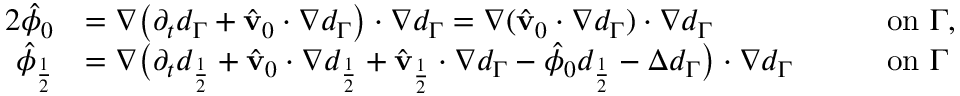
\begin{array} { r l r l } { { 2 } \hat { \phi } _ { 0 } } & { = \nabla \big ( \partial _ { t } d _ { \Gamma } + \hat { \mathbf { v } } _ { 0 } \cdot \nabla d _ { \Gamma } \big ) \cdot \nabla d _ { \Gamma } = \nabla ( \hat { \mathbf { v } } _ { 0 } \cdot \nabla d _ { \Gamma } ) \cdot \nabla d _ { \Gamma } } & { \quad } & { \mathrm { o n } \ \Gamma , } \\ { \hat { \phi } _ { \frac { 1 } { 2 } } } & { = \nabla \big ( \partial _ { t } d _ { \frac { 1 } { 2 } } + \hat { \mathbf { v } } _ { 0 } \cdot \nabla d _ { \frac { 1 } { 2 } } + \hat { \mathbf { v } } _ { \frac { 1 } { 2 } } \cdot \nabla d _ { \Gamma } - \hat { \phi } _ { 0 } d _ { \frac { 1 } { 2 } } - \Delta d _ { \Gamma } \big ) \cdot \nabla d _ { \Gamma } } & { \quad } & { \mathrm { o n } \ \Gamma } \end{array}